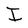
Character: I